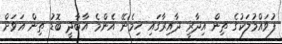
ފުވައްމުލަކުގެ ތިން އިދާރީ ދާއިރާގައި ހިމެނޭ އެންމެ އާބާދީ ބޮޑު ތިން އަވަށް